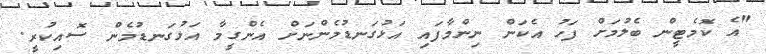
"އެ ކޮމެޓީން ބެލުމަށް ފަހު އެކަން ނިންމާފައި އަޅުގަނޑުމެންނަށް އެންގީމާ އަޅުގަނޑުމެން ސޮއިކުރީ.